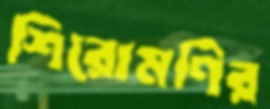
শিরোমণির